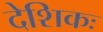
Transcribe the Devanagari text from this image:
देशिकः